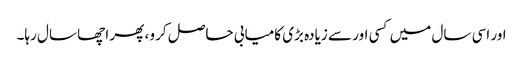
اور اسی سال میں کسی اور سے زیادہ بڑی کامیابی حاصل کرو ، پھر اچھا سال رہا۔